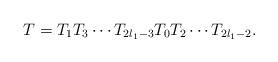
LaTeX: \begin{align*}T=T_1 T_3\cdots T_{2l_1-3}T_0T_2\cdots T_{2l_1-2}.\end{align*}